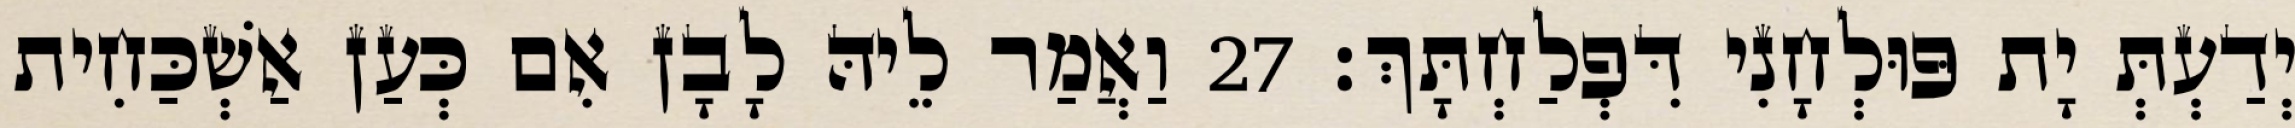
יְדַעְתְּ יָת פּוּלְחָנִי דִּפְלַחְתָּךְ׃ 27 וַאֲמַר לֵיהּ לָבָן אִם כְּעַן אַשְׁכַּחִית